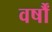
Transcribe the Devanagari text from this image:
वर्षौं